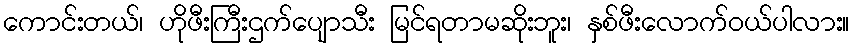
ကောင်းတယ်၊ ဟိုဖီးကြီးဌက်ပျောသီး မြင်ရတာမဆိုးဘူး၊ နှစ်ဖီးလောက်ဝယ်ပါလား။